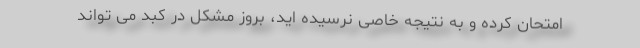
امتحان کرده و به نتیجه خاصی نرسیده اید، بروز مشکل در کبد می تواند